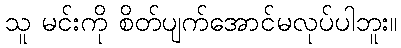
သူ မင်းကို စိတ်ပျက်အောင်မလုပ်ပါဘူး။